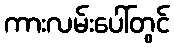
ကားလမ်းပေါ်တွင်